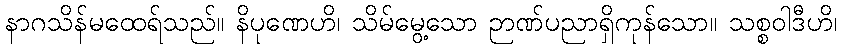
နာဂသိန်မထေရ်သည်။ နိပုဏေဟိ၊ သိမ်မွေ့သော ဉာဏ်ပညာရှိကုန်သော။ သစ္စဝါဒီဟိ၊